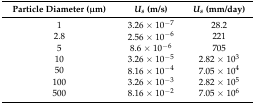
<table><thead><tr><td><b>Particle Diameter (μm)</b></td><td><b><i>U<sub>s</sub></i> (m/s)</b></td><td><b><i>U<sub>s</sub></i> (mm/day)</b></td></tr></thead><tbody><tr><td>1</td><td>3.26 × 10<sup>−7</sup></td><td>28.2</td></tr><tr><td>2.8</td><td>2.56 × 10<sup>−6</sup></td><td>221</td></tr><tr><td>5</td><td>8.6 × 10<sup>−6</sup></td><td>705</td></tr><tr><td>10</td><td>3.26 × 10<sup>−5</sup></td><td>2.82 × 10<sup>3</sup></td></tr><tr><td>50</td><td>8.16 × 10<sup>−4</sup></td><td>7.05 × 10<sup>4</sup></td></tr><tr><td>100</td><td>3.26 × 10<sup>−3</sup></td><td>2.82 × 10<sup>5</sup></td></tr><tr><td>500</td><td>8.16 × 10<sup>−2</sup></td><td>7.05 × 10<sup>6</sup></td></tr></tbody></table>